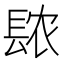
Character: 𫔖